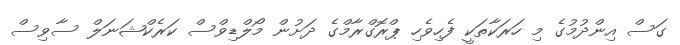
ގަސް އިންދުމުގެ މި ހަރަކާތަކީ ފެހިވެހި ޕްރޮގްރާމްގެ ދަށުން މޯލްޑިވްސް ކަރެކްޝަނަލް ސާވިސް